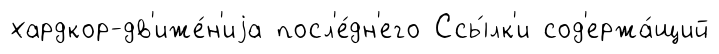
хардкор-дв'иже́н'иjа посл'е́дн'его Ссы́лк'и сод'ержа́щий